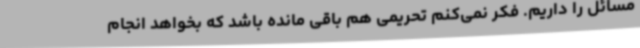
مسائل را داریم. فکر نمی‌کنم تحریمی هم باقی مانده باشد که بخواهد انجام